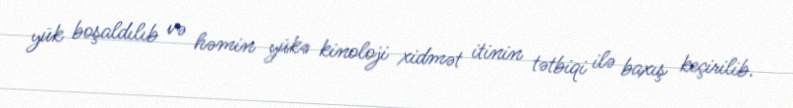
yük boşaldılıb və həmin yükə kinoloji xidmət itinin tətbiqi ilə baxış keçirilib.